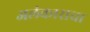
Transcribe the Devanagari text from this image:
अलंकाराचा